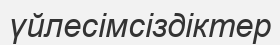
үйлесімсіздіктер